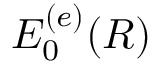
E _ { 0 } ^ { ( e ) } ( R )